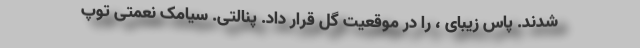
شدند. پاس زیبای ، را در موقعیت گل قرار داد. پنالتی. سیامک نعمتی توپ